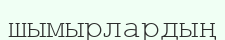
шымырлардың